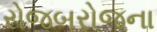
રોજબરોજના